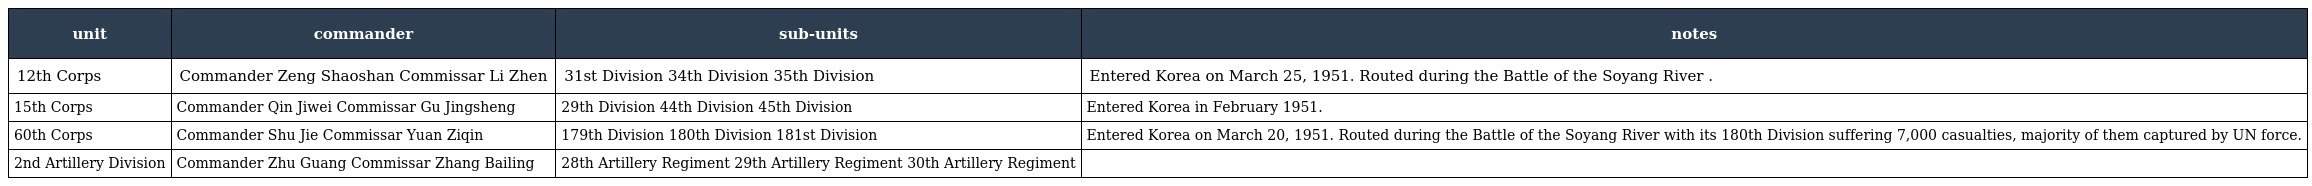
| unit | commander | sub-units | notes |
 | --- | --- | --- | --- |
 | 12th Corps | Commander Zeng Shaoshan Commissar Li Zhen | 31st Division 34th Division 35th Division | Entered Korea on March 25, 1951. Routed during the Battle of the Soyang River . |
 | 15th Corps | Commander Qin Jiwei Commissar Gu Jingsheng | 29th Division 44th Division 45th Division | Entered Korea in February 1951. |
 | 60th Corps | Commander Shu Jie Commissar Yuan Ziqin | 179th Division 180th Division 181st Division | Entered Korea on March 20, 1951. Routed during the Battle of the Soyang River with its 180th Division suffering 7,000 casualties, majority of them captured by UN force. |
 | 2nd Artillery Division | Commander Zhu Guang Commissar Zhang Bailing | 28th Artillery Regiment 29th Artillery Regiment 30th Artillery Regiment |  |